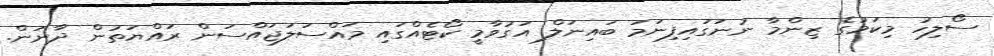
ސޯލިހު މިކަމުގެ ޒިންމާ ނުނަގައިފިނަމަ ބައިނަލް އަގުވާމީ ކޯޓެއްގައި މައްސަލަޖައްސަން ރައްޔަތުން ދާނަން.